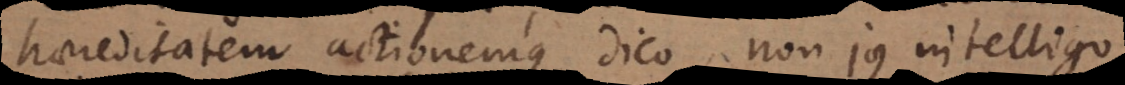
haereditatem actionemque dico, non jus intelligo,